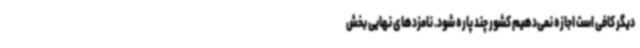
دیگر کافی است اجازه نمی‌دهیم کشور چند پاره شود. نامزدهای نهایی بخش